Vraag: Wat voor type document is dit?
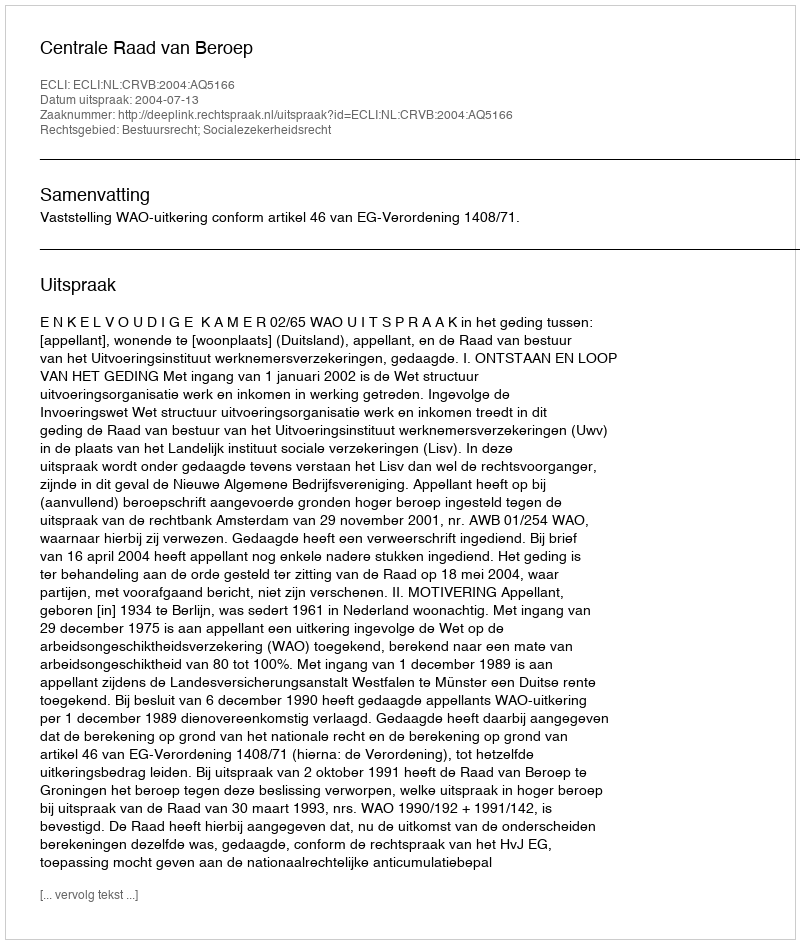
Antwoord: Uitspraak